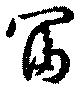
冨